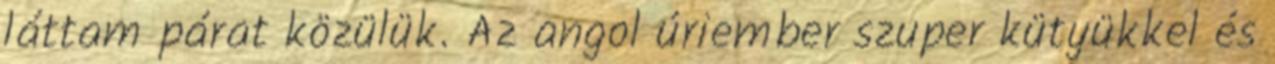
láttam párat közülük. Az angol úriember szuper kütyükkel és